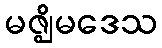
မဇ္ဈိမဒေသ